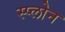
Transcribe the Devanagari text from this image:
स्प्लोन